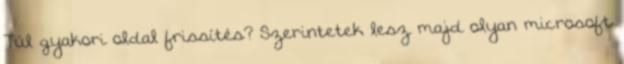
Túl gyakori oldal frissítés? Szerintetek lesz majd olyan microsoft